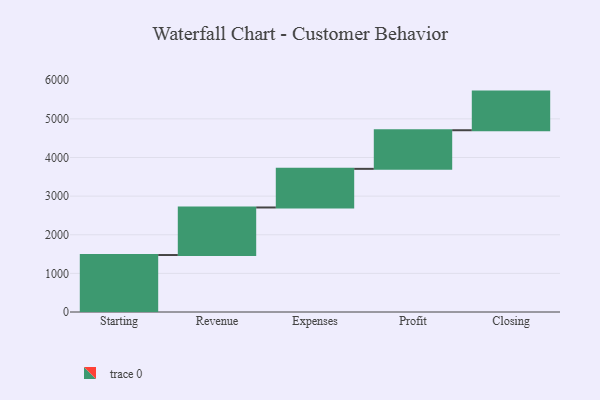
{"axis": {"x": "Step", "y": "Value"}, "legend": [""], "data": [{"x": "Starting", "y": 1475.0, "type": ""}, {"x": "Revenue", "y": 1231.0, "type": ""}, {"x": "Expenses", "y": 1000, "type": ""}, {"x": "Profit", "y": 1000, "type": ""}, {"x": "Closing", "y": 1000, "type": ""}]}